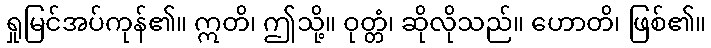
ရှုမြင်အပ်ကုန်၏။ ဣတိ၊ ဤသို့။ ဝုတ္တံ၊ ဆိုလိုသည်။ ဟောတိ၊ ဖြစ်၏။